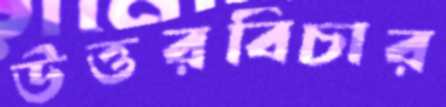
উত্তরবিচার